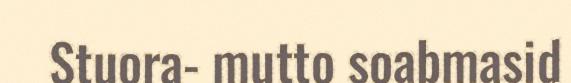
Stuora- mutto soabmasid